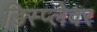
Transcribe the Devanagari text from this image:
डिस्प्लेवर